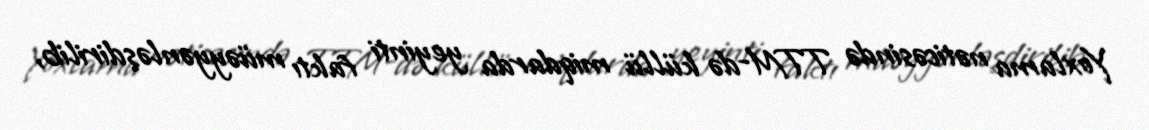
Yoxlama nəticəsində TTM-də küllü miqdarda yeyinti faktı müəyyənləşdirilib,